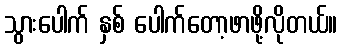
သွားပေါက် နှစ် ပေါက်တော့ဖာဖို့လိုတယ်။